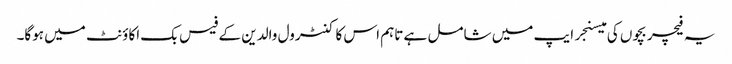
یہ فیچر بچوں کی میسنجر ایپ میں شامل ہے تاہم اس کا کنٹرول والدین کے فیس بک اکاؤنٹ میں ہوگا۔